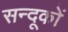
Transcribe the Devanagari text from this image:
सन्दूकों